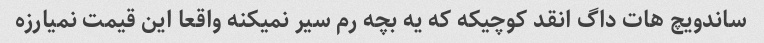
ساندویچ هات داگ انقد کوچیکه که یه بچه رم سیر نمیکنه واقعا این قیمت نمیارزه